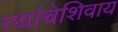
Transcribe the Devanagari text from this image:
त्यांचेशिवाय